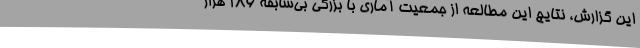
این گزارش، نتایج این مطالعه از جمعیت آماری با بزرگی بی‌سابقه ۱۸۶ هزار